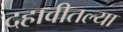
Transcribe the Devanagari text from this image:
दहावीतल्या